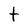
Character: t